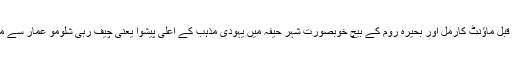
یروشلم آنے سے قبل ماؤنٹ کارمل اور بحیرہ روم کے بیچ خوبصورت شہر حیفہ میں یہودی مذہب کے اعلیٰ پیشوا یعنی چیف رِبیّ شلومو عمار سے ملاقات طے تھی۔